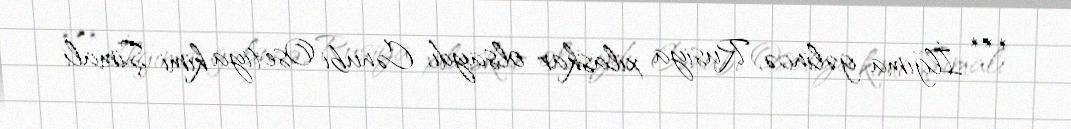
*** İlğıma gəlincə, Rusiya xilaskar olsaydı, Cənubi Osetiya kimi Şimali